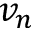
v _ { n }